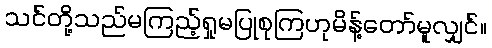
သင်တို့သည်မကြည့်ရှုမပြုစုကြဟုမိန့်တော်မူလျှင်။